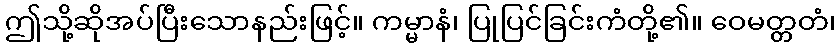
ဤသို့ဆိုအပ်ပြီးသောနည်းဖြင့်။ ကမ္မာနံ၊ ပြုပြင်ခြင်းကံတို့၏။ ဝေမတ္တတံ၊